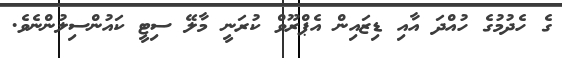
ގެ ހެދުމުގެ ހުއްދަ އާއި ޑިޒައިން އެޕްރޫވް ކުރަނީ މާލޭ ސިޓީ ކައުންސިލުންނެވެ.